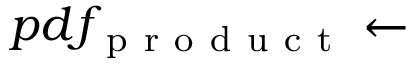
p d f _ { \mathrm { ~ p ~ r ~ o ~ d ~ u ~ c ~ t ~ } } \leftarrow